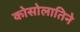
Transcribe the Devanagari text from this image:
कोसोलातिने